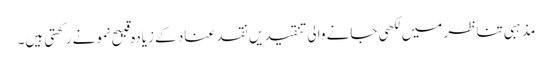
مذہبی تناظر میں لکھی جانے والی تنقیدیں نقد عناد کے زیادہ قیبح نمونے رکھتی ہیں۔